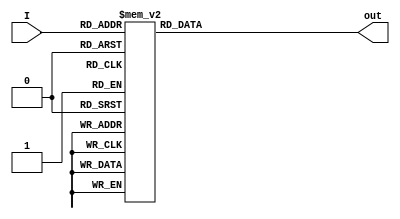
module bcd_seven(I,out);
input [3:0]I;
output reg [6:0] out;
always@(I)
begin
case(I)
0: out=7'b1111110;
1: out=7'b0110000;
2: out=7'b1101101;
3: out=7'b1111001;
4: out=7'b0110011;
5: out=7'b1011011;
6: out=7'b1011111;
7: out=7'b1110000;
8: out=7'b1111111;
9: out=7'b1111011;
default: out=7'b0000000;
endcase
end
endmodule